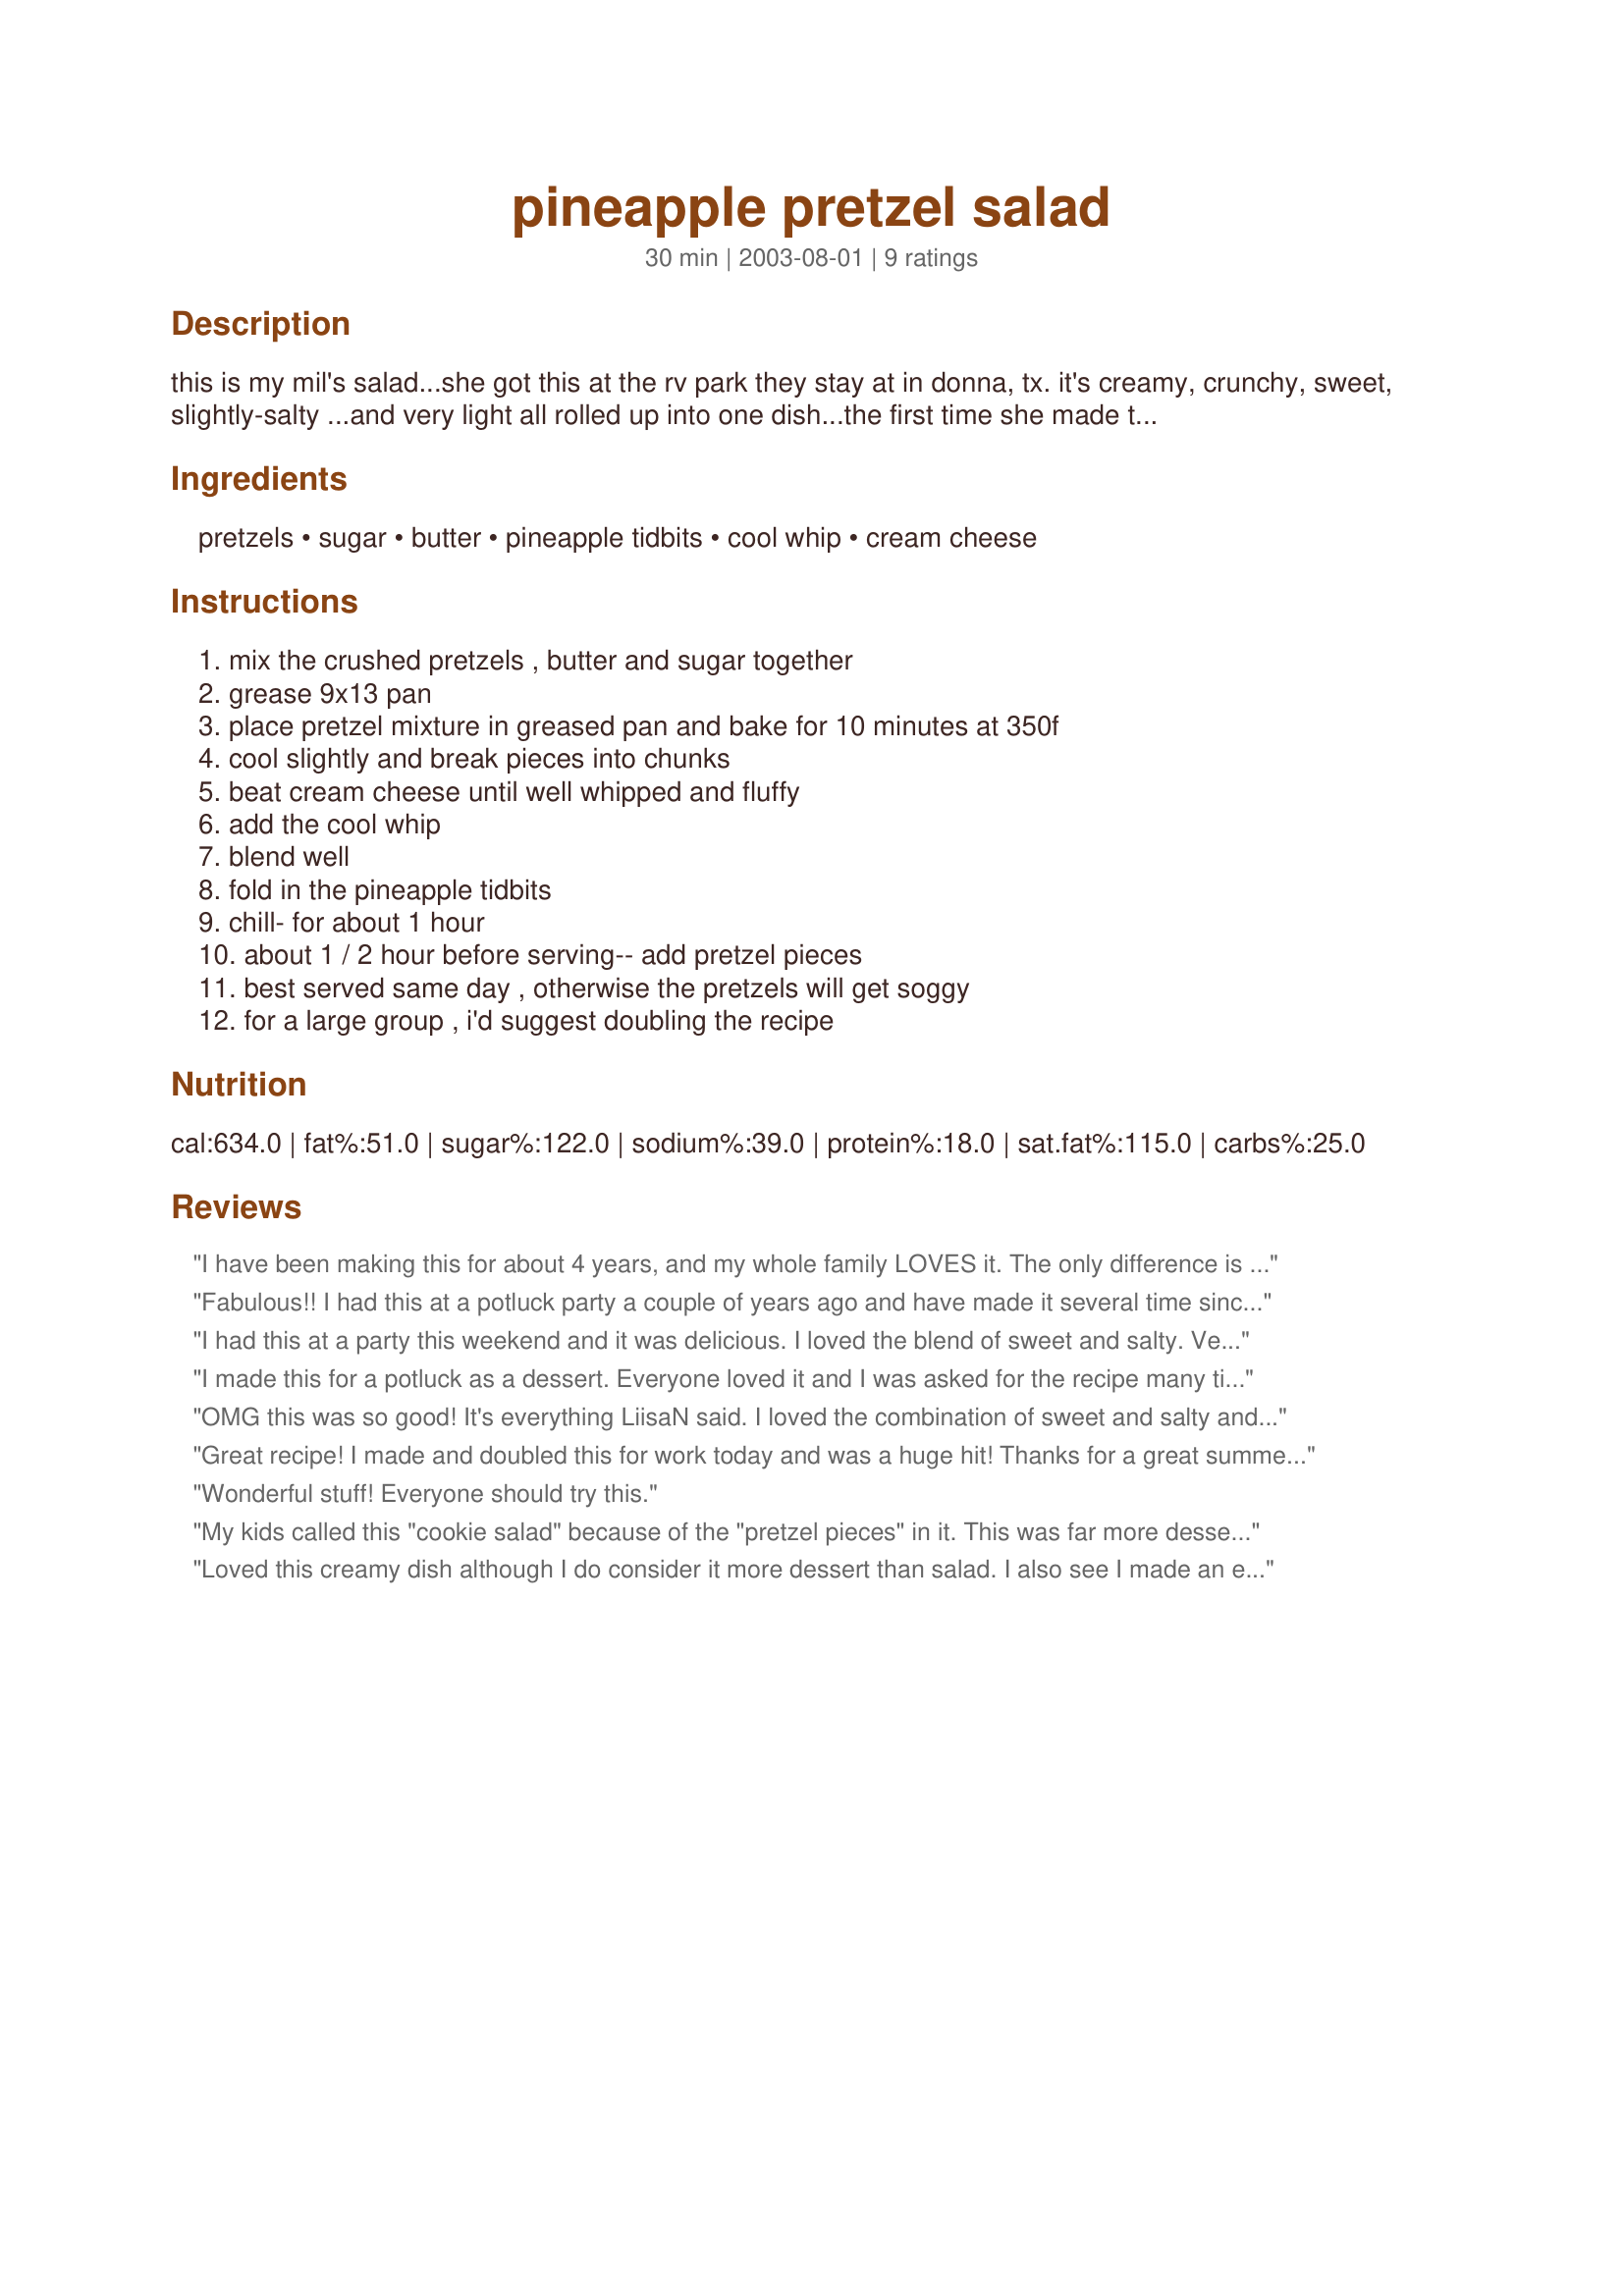
pineapple pretzel salad
Preparation time: 30 minutes

this is my mil's salad...she got this at the rv park they stay at in donna, tx. it's creamy, crunchy, sweet, slightly-salty ...and very light all rolled up into one dish...the first time she made this my sil and mil ate the whole bowl!!..it's addictive and often requested!

Ingredients:
pretzels, sugar, butter, pineapple tidbits, cool whip, cream cheese

Steps:
mix the crushed pretzels , butter and sugar together, grease 9x13 pan, place pretzel mixture in greased pan and bake for 10 minutes at 350f, cool slightly and break pieces into chunks, beat cream cheese until well whipped and fluffy, add the cool whip, blend well, fold in the pineapple tidbits, chill- for about 1 hour, about 1 / 2 hour before serving-- add pretzel pieces, best served same day , otherwise the pretzels will get soggy, for a large group , i'd suggest doubling the recipe

Reviews:
I have been making this for about 4 years, and my whole family LOVES it. The only difference is that my recipe calls for crushed pineapple, which I think makes it easier to scoop out of the pan. If you are undecided, I say GO FOR IT!!!!! Try the strawberry version too, it is also very tasty.
Fabulous!! I had this at a potluck party a couple of years ago and have made it several time since - it&#039;s always a hit! I agree that it is more of a dessert than a salad... It&#039;s quite sweet. The saltiness of the pretzels is a good foil, and balances the dish nicely.
I had this at a party this weekend and it was delicious. I loved the blend of sweet and salty. Very good and easy to make. I also agree that it's more of a dessert, but who cares when it tastes this good?!
I made this for a potluck as a dessert. Everyone loved it and I was asked for the recipe many times. I did have trouble with the Pretzel pieces, they didn't really harden, I was picturing having larger chunks of them, maybe more butter would fix this problem?
OMG this was so good! It's everything LiisaN said. I loved the combination of sweet and salty and it was oh so creamy. All of that and it was easy to make. Maybe it was more dessert than salad, I didn't care...it was wonderful. Thank you for a great recipe that I know I'll make often.
Great recipe! I made and doubled this for work today and was a huge hit! Thanks for a great summer recipe!
Wonderful stuff! Everyone should try this.
My kids called this "cookie salad" because of the "pretzel pieces" in it. This was far more dessert than salad and well suited for children.
Loved this creamy dish although I do consider it more dessert than salad. I also see I made an error in serving, but no matter it was delicious! I baked the pretzel mix and used it as a crust like I do in the Strawberry Pretzel Salad I make instead of stirring it in. It was easy to cut into squares for serving so when I make this again I may do it the same way. The filling tastes like a light pineapple cheesecake. I just wish it was calorie free! Thank you for sharing the recipe!
